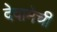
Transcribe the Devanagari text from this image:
देवामेची